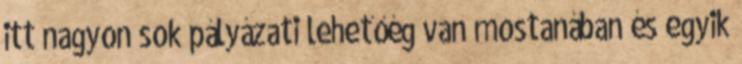
itt nagyon sok pályázati lehetőég van mostanában és egyik